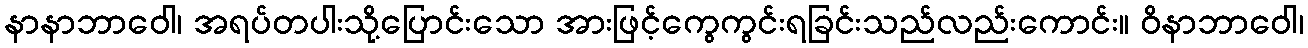
နာနာဘာဝေါ၊ အရပ်တပါးသို့ပြောင်းသော အားဖြင့်ကွေကွင်းရခြင်းသည်လည်းကောင်း။ ဝိနာဘာဝေါ၊